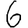
Digit: 6